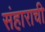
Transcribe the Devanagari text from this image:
संहाराची